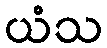
ယံသ